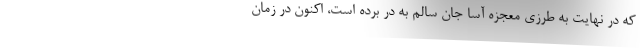
که در نهایت به طرزی معجزه آسا جان سالم به در برده است، اکنون در زمان